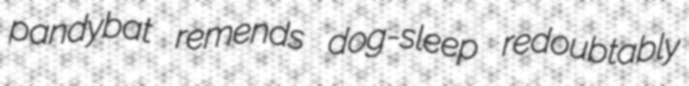
pandybat remends dog-sleep redoubtably